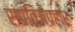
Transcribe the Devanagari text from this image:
संपतिअपहार